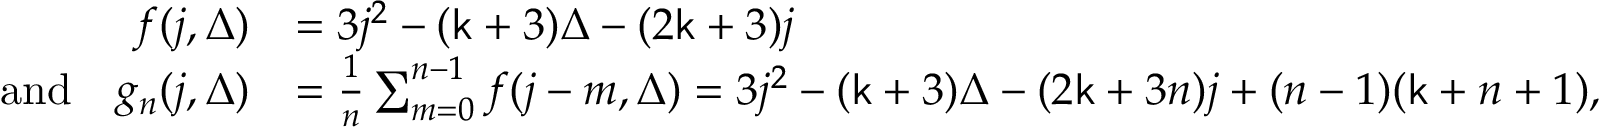
\begin{array} { r l } { f ( j , \Delta ) } & { = 3 j ^ { 2 } - ( \mathsf { k } + 3 ) \Delta - ( 2 \mathsf { k } + 3 ) j } \\ { \mathrm { a n d } \quad g _ { n } ( j , \Delta ) } & { = \frac { 1 } { n } \sum _ { m = 0 } ^ { n - 1 } f ( j - m , \Delta ) = 3 j ^ { 2 } - ( \mathsf { k } + 3 ) \Delta - ( 2 \mathsf { k } + 3 n ) j + ( n - 1 ) ( \mathsf { k } + n + 1 ) , } \end{array}